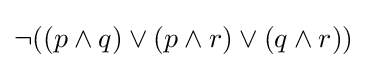
\neg ((p\land q)\lor (p\land r)\lor (q\land r))